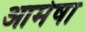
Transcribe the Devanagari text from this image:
आमेषा